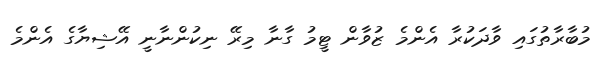
މުބާރާތުގައި ވާދަކުރާ އެންމެ ޒުވާން ޓީމު ގާނާ މިރޭ ނިކުންނާނީ އޭޝިޔާގެ އެންމެ